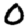
Digit: 0